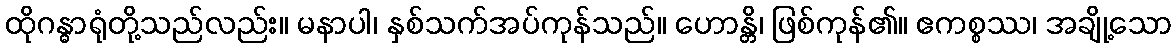
ထိုဂန္ဓာရုံတို့သည်လည်း။ မနာပါ၊ နှစ်သက်အပ်ကုန်သည်။ ဟောန္တိ၊ ဖြစ်ကုန်၏။ ဧကစ္စဿ၊ အချို့သော